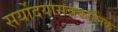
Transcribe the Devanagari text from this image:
सर्योदयासन्नकालिक